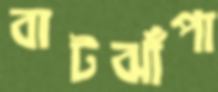
বাটঝাঁপা